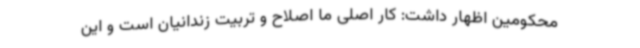
محکومین اظهار داشت: کار اصلی ما اصلاح و تربیت زندانیان است و این